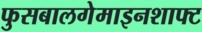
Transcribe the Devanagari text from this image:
फुसबालगेमाइनशाफ्ट